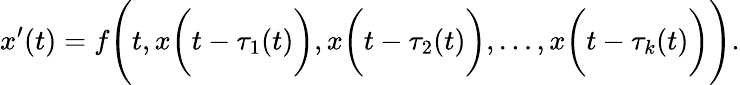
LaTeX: x^{\prime}(t)=f{\Biggl(}t,x{\biggl(}t-\tau_{1}(t){\biggr)},x{\biggl(}t-\tau_{2}(t){\biggr)},\ldots,x{\biggl(}t-\tau_{k}(t){\biggr)}{\Biggr)}.